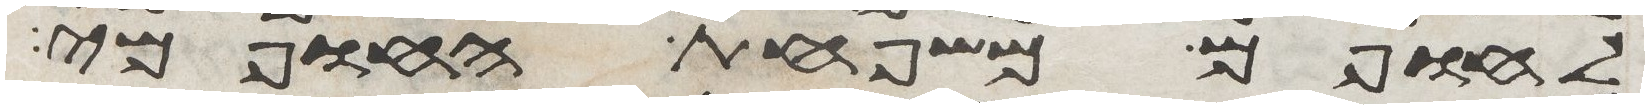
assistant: לחופם משפחת החופמי